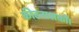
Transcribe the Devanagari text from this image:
कीटनाशकों।